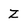
Character: Z